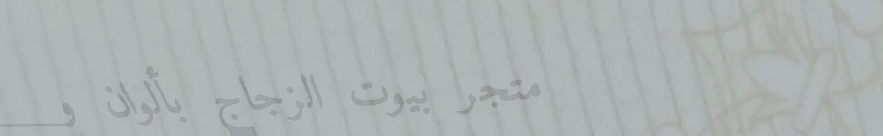
متجر بيوت الزجاج بألوان و